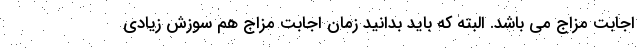
اجابت مزاج می باشد. البته که باید بدانید زمان اجابت مزاج هم سوزش زیادی